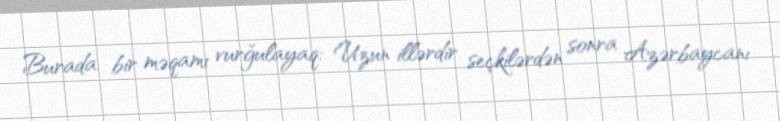
Burada bir məqamı vurğulayaq: Uzun illərdir seçkilərdən sonra Azərbaycanı